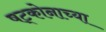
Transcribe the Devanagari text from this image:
षट्कोनाच्या